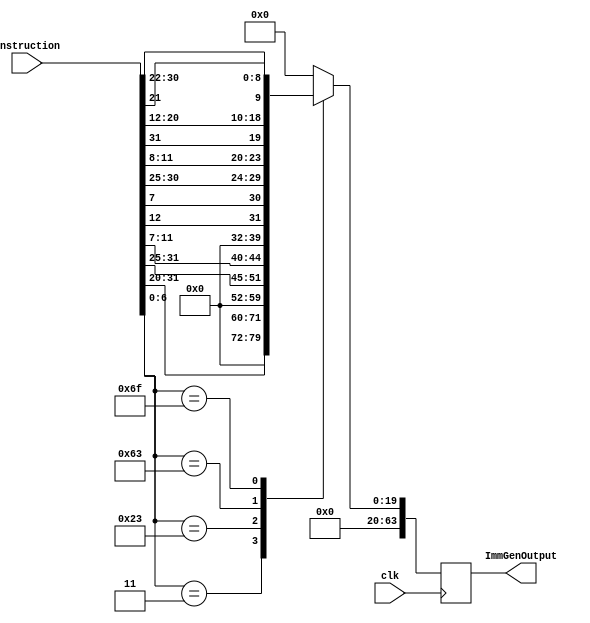
module ImmGen(Instruction, ImmGenOutput , clk);
  
input clk ; 
input [31:0]Instruction;
output reg [63:0] ImmGenOutput; 

always @(posedge clk)

case(Instruction [6:0])
  
  7'b0000011 : ImmGenOutput = {52'b0,Instruction[31:20]};
  7'b0100011 : ImmGenOutput = {52'b0,Instruction[31:25],Instruction[11:7]};
  7'b1100011 : ImmGenOutput = {52'b0,Instruction[12],Instruction[7],Instruction[30:25],Instruction[11:8]};
  7'b1101111 : ImmGenOutput = {44'b0,Instruction[31],Instruction[20:12],Instruction[21],Instruction[30:22]};
  
  default : ImmGenOutput = 64'b0;
  
endcase

endmodule